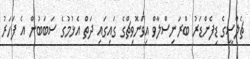
ޗެލްސީގެ ޑިފެންޑަރު ބްރަނިސްލާވް އިވަނޮވިޗްގެ ގައިގައި ދަތް އެޅުމުގެ ސަބަބުން އެ ފަހަރު